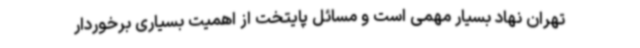
تهران نهاد بسیار مهمی است و مسائل پایتخت از اهمیت بسیاری برخوردار